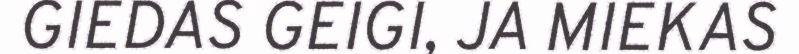
GIEDAS GEIGI, JA MIEKAS